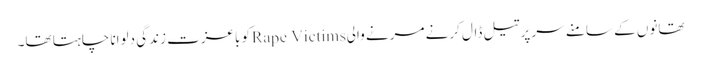
تھانوں کے سامنے سر پر تیل ڈال کرنے مرنے والیRape Victimsکو باعزت زندگی دلوانا چاہتا تھا۔